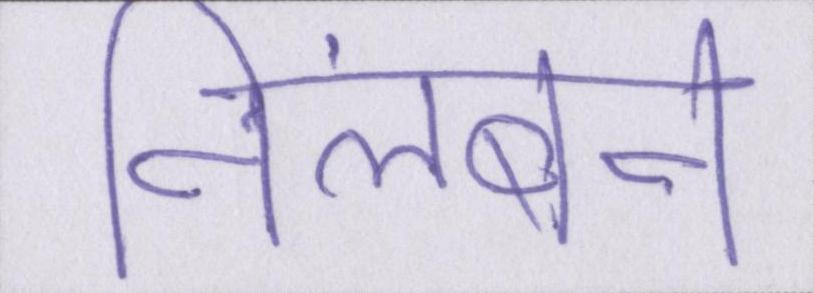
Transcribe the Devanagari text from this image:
निलंबन